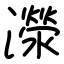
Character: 濴